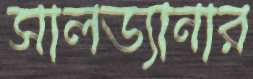
সালড্যানার